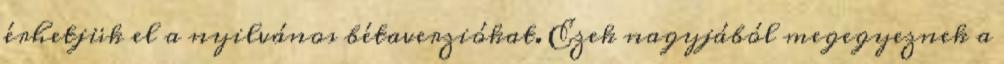
érhetjük el a nyilvános bétaverziókat. Ezek nagyjából megegyeznek a